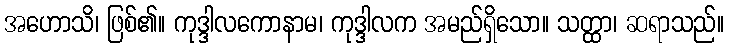
အဟောသိ၊ ဖြစ်၏။ ကုဒ္ဒါလကောနာမ၊ ကုဒ္ဒါလက အမည်ရှိသော။ သတ္ထာ၊ ဆရာသည်။